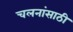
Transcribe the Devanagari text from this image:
चलनांसाठी